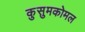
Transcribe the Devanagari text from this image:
कुसुमकोमल